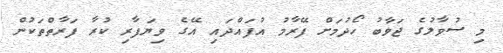
މި ސުވާލުގެ ޖަވާބު ހޯދުމަށް ފޭރާމު އުފައްދައި އޭގެ ވިޔަފާރި ކުރާ ފަރާތްތަކުން